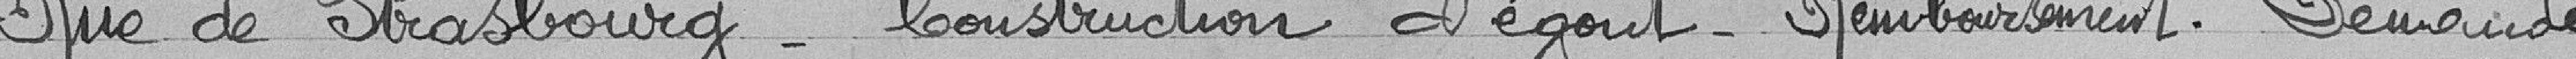
Rue de Strasbourg - Construction d'égout - Remboursement. Demande